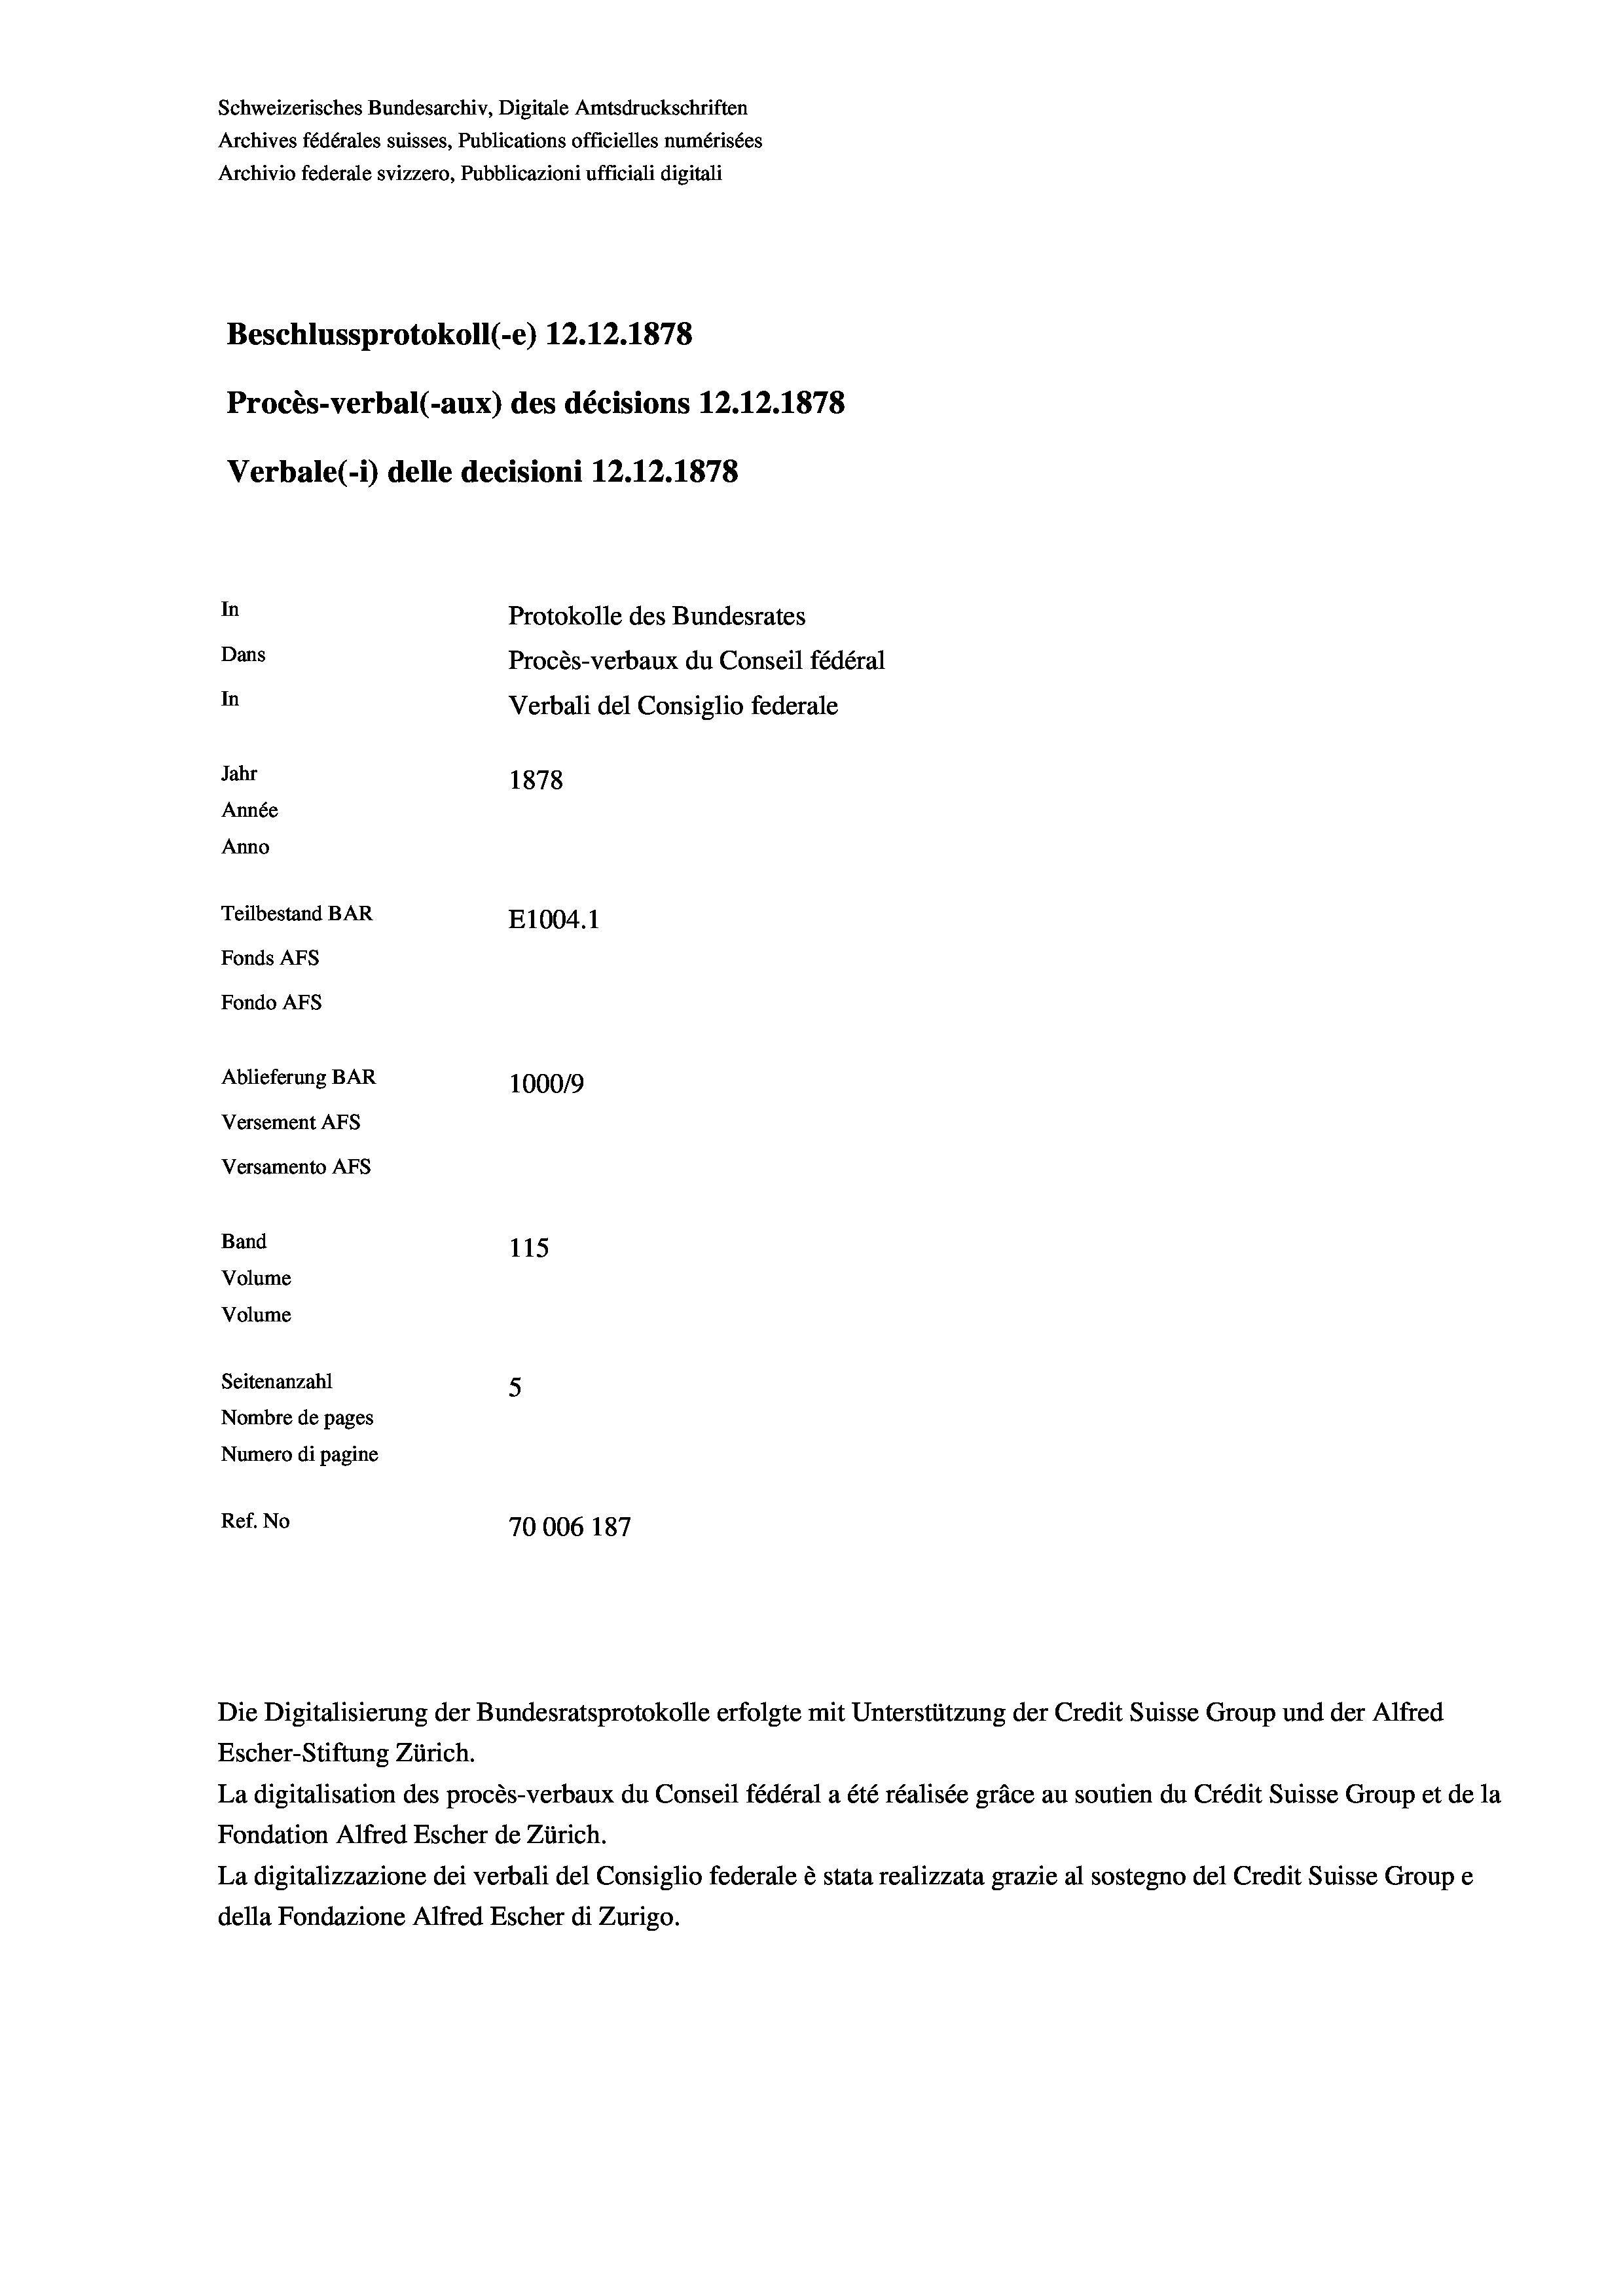
Schweizerisches Bundesarchiv, Digitale Amtsdruckschriften
Archives fédérales suisses, Publications officielles numérisées
Archivio federale svizzero, Pubblicazioni ufficiali digitali
Beschlussprotokoll (-e) 12.12.1878
Procès-verbal (-aux) des décisions 12.12.1878
Verbale (- 1) delle decisioni 12.12.1878
In
Protokolle des Bundesrates
Dans
Procès-verbaux du Conseil fédéral
In
Verbali del Consiglio federale
Jahr
1878
Année
Anno
Teilbestand BAR
E1004. 1
Fonds Afs
Fondo AFS
Ablieferung BAR
1000/9
Versement AFS
Versamento AFs
Band
115
Volume
Volume
Seitenanzahl
5
Nombre de pages
Numero di pagine
Ref. No
70006 187

Escher-Stiftung Zürich.
La digitalisation des procès-verbaux du Conseil fédéral a été réalisée gräce au soutien du Crédit Suisse Group et de la
Fondation Alfred Escher de Zürich.
La digitalizzazione dei verbali del Consiglio federale è stata realizzata grazie al sostegno del Credit Suisse Groupe
della Fondazione Alfred Escher di Zurigo.

Die Digitalisierung der Bundesratsprotokolle erfolgte mit Unterstützung der Credit Suisse Group und der Alfred